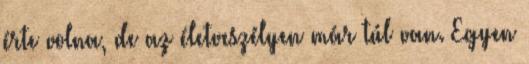
érte volna, de az életveszélyen már túl van. Egyen